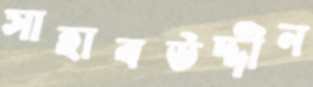
সাহাবউদ্দীন